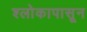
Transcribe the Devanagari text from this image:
श्लोकापासून